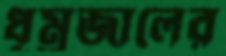
ধূম্রজালের